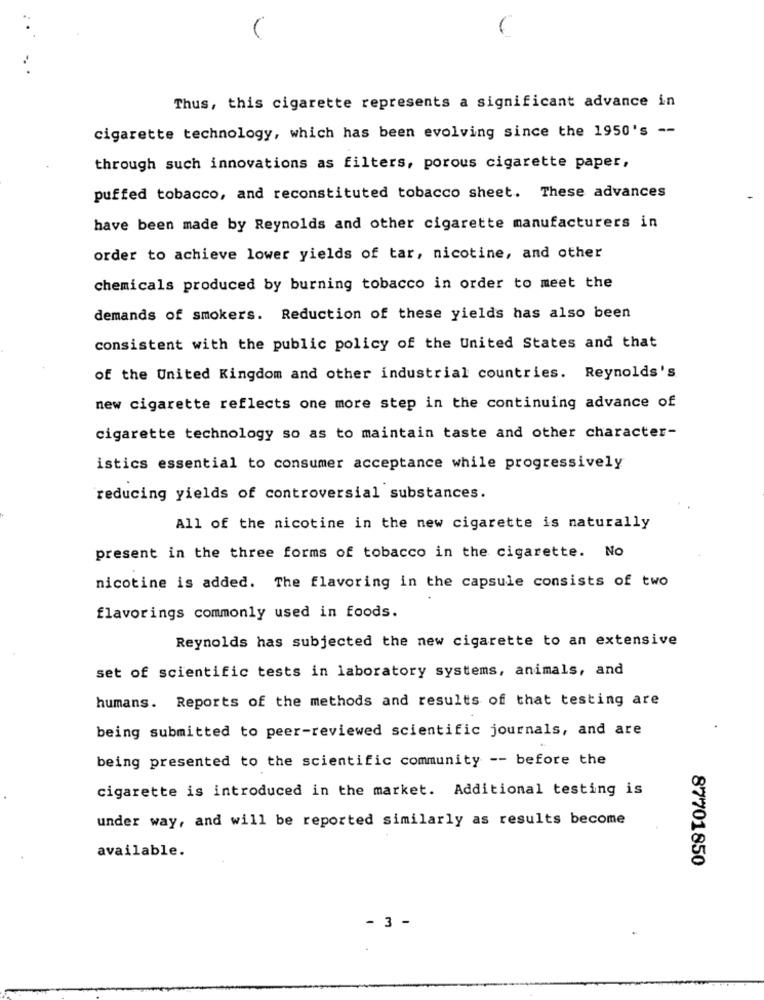
Thus, this cigarette represents a significant advance in
cigarette technology, which has been evolving since the 1950's --
through such innovations as filters, porous cigarette paper,
puffed tobacco, and reconstituted tobacco sheet. These advances
have been made by Reynolds and other cigarette manufacturers in
order to achieve lower yields of tar, nicotine, and other
chemicals produced by burning tobacco in order to meet the
demands of smokers. Reduction of these yields has also been
consistent with the public policy of the United States and that
of the United Kingdom and other industrial countries. Reynolds's
new cigarette reflects one more step in the continuing advance of
cigarette technology so as to maintain taste and other character-
istics essential to consumer acceptance while progressively
reducing yields of controversial substances.
All of the nicotine in the new cigarette is naturally
present in the three forms of tobacco in the cigarette. No
nicotine is added. The flavoring in the capsule consists of two
flavorings commonly used in foods.
Reynolds has subjected the new cigarette to an extensive
set of scientific tests in laboratory systems, animals, and
humans. Reports of the methods and results of that testing are
being submitted to peer-reviewed scientific journals, and are
being presented to the scientific community -- before the
cigarette is introduced in the market. Additional testing is
under way, and will be reported similarly as results become
available.
87701850
- 3 -